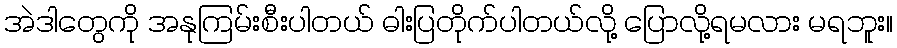
အဲဒါတွေကို အနုကြမ်းစီးပါတယ် ဓါးပြတိုက်ပါတယ်လို့ ပြောလို့ရမလား မရဘူး။